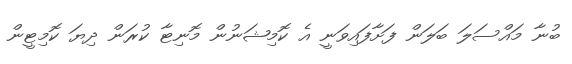
ބުނާ މައްސަލަ ބަލަން ފަށާފައިވަނީ އެ ކޮމިޝަނުން މޮނިޓާ ކުރަން ދިޔަ ކޮމިޓީން